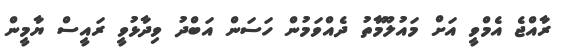
ރާއްޖެ އެމްވީ އަށް މައުލޫމާތު ދެއްވަމުން ހަސަން އަބްދު ވިދާޅުވީ ރައީސް ޔާމީން